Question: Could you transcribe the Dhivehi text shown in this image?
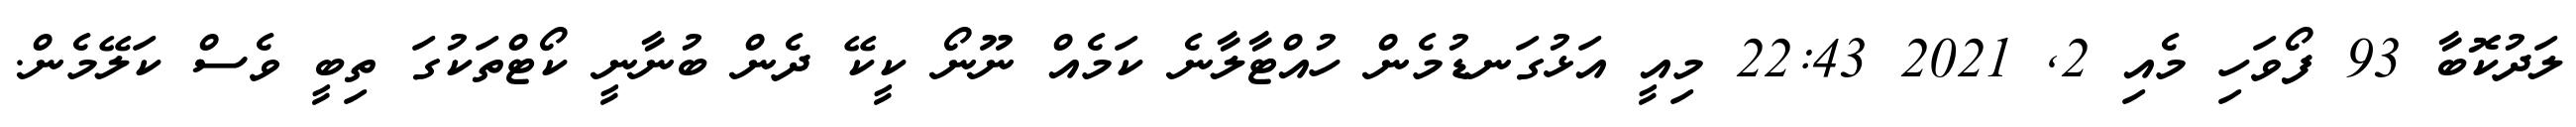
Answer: ލަދުކޮބާ 93 ފޯވަހި މެއި 2, 2021 22:43 މިއީ އަޅުގަނޑުމެން ހުއްޓާލާނެ ކަމެއް ނޫނޯ ކީކޭ ދެން ބުނާނީ ކޯޓްތަކުގަ ތިބީ ވެސް ކަލޭމެން.